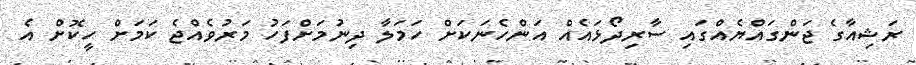
ރަޝިއާގެ ޖަންގައްޔެއްގައި ސާރިދޯޅައެއް އަންހެނަކަށް ހަމަލާ ދިނުމަށްފަހު މަރުވެއްޖެ ކަމަށް ހީކޮށް އެ